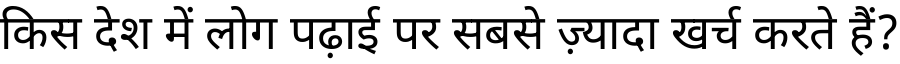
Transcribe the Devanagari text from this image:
किस देश में लोग पढ़ाई पर सबसे ज़्यादा खर्च करते हैं?